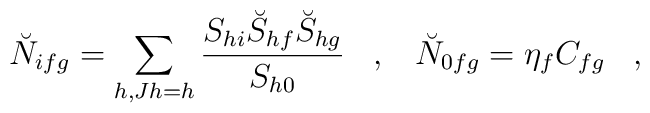
\breve{N}_{ifg} = \sum_{h, Jh=h} \frac{S_{hi} \breve{S}_{hf}\breve{S}_{hg}}{S_{h0}} \;\;\; , \;\;\; \breve{N}_{0fg} = \eta_f C_{fg}\;\;\; ,